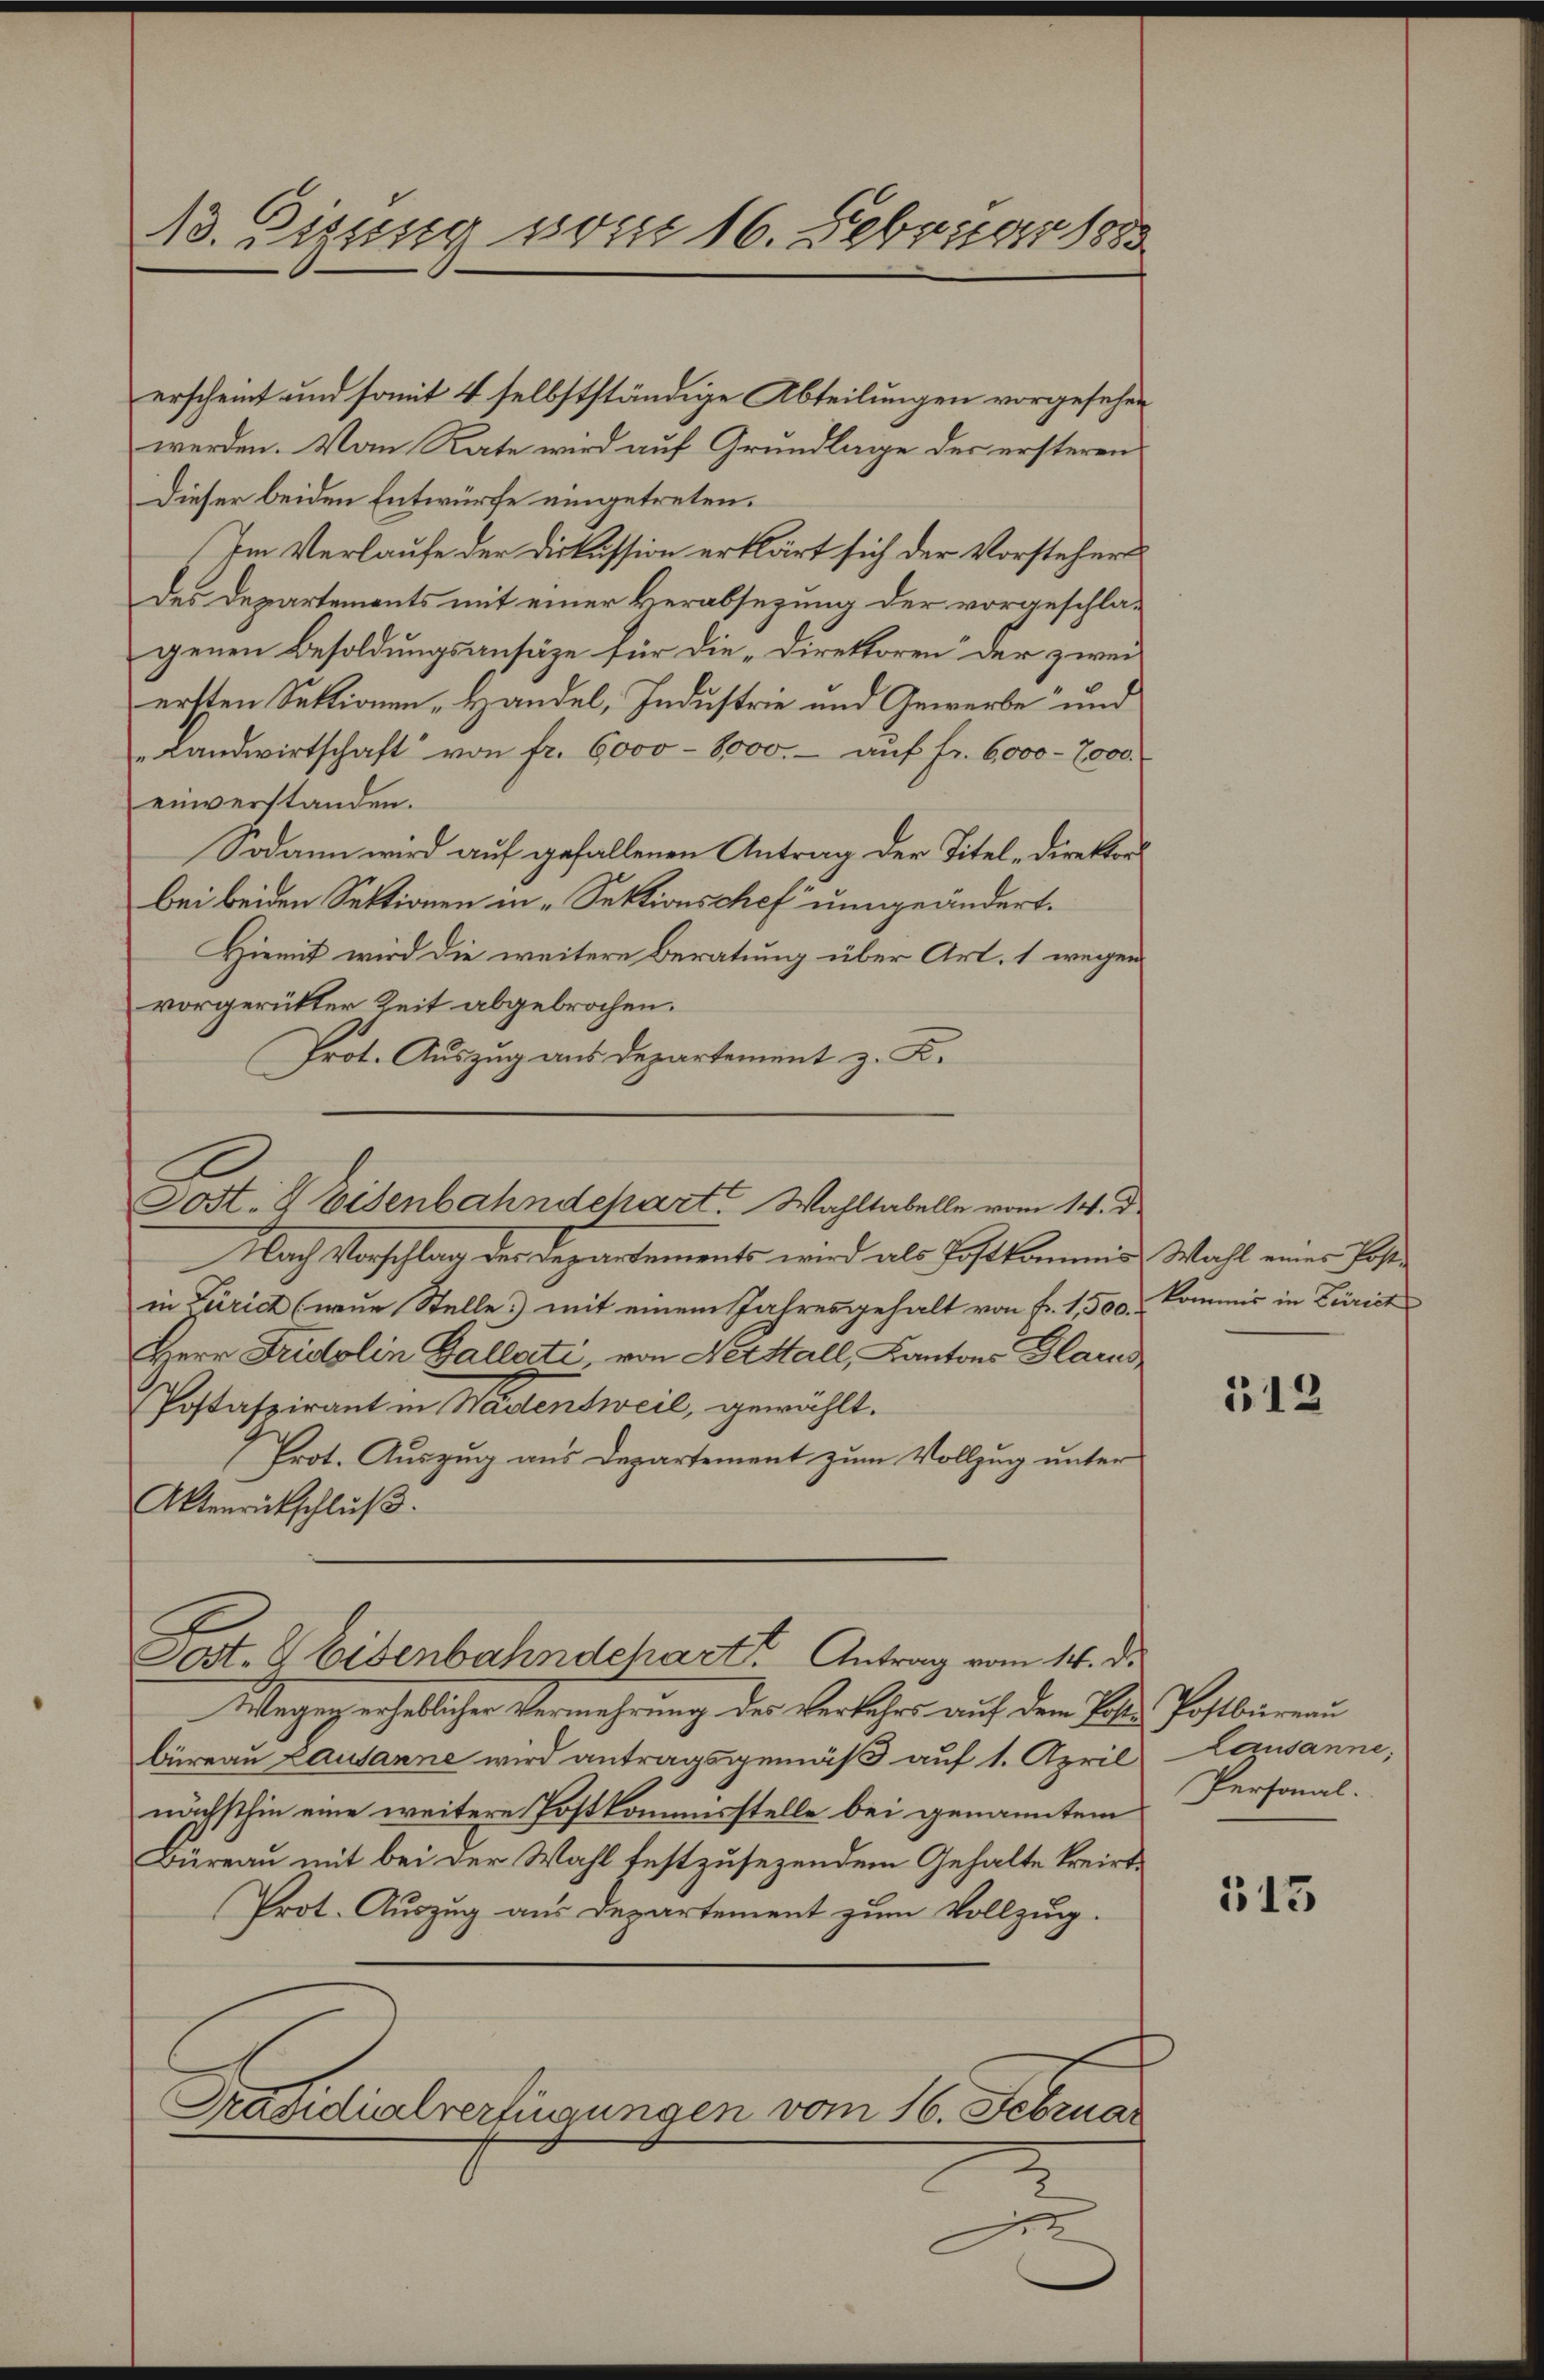
13. Zizung vom 16. Februar 1883

erscheint und somit 4 selbstständige Abteilungen vorgesehen
werden. Von Rate wird auf Grundlage der ersteren
Dieser beiden Entwürfe eingetreten.
(Im Verlaufe der Diskussion erklärt sich der Vorstehers
des Departements mit einer Verabsezung der vorgeschlagenen Besoldungsansätze für die „Direktoren der zwei
ersten Sektionen „Handel, Industrie und Gewerbe und
„Landwirtschaft von fr. 6000 - 8000.- aŭf fr. 6000 - 7000.
einverstanden.
Sodann wird auf gefallenen Antrag der Titel-Direktor
bei beiden Sektionen in „Sektionschef umgeändert.
Hiemit wird die weitere Beratung über Art. 1 wegen
vorgerükter Zeit abgebrochen.
Prot. Auszug aus Departement z. K.
Nach Vorschlag der Departements wird als Postkommis Wahl eines Postin Zürich (nur Stelle mit einem Jahresgehalt von Fr. 1,500. Kommis in Zürich
Herr Fridolin Gallati, von Netttall, Kantons Glarus
Postaspirant in Wadensweil, gewählt.
Prot. Auszug aus Departement zum Vollzug unter
Aktenrückschluß.
Sost- & Eisenbahndchart. Antrag vom 14. d.
Wogeg erheblicher Vermehrung des Verkehrs auf dem Bild Postbar au
büreau Lausanne wird antragsgemäß auf 1. April, Lausanne,
nächsthin eine weitere Postkommisstelle bei genanntem
Büreau mit bei der Wahl festzusezendem Gehalte kreist¬
Prot. Auszug aus Departement zum Vollzug.
Präsidialverfügungen vom 16. Februar
1

Post- & Eisenbahndepart. Wahltabelle vom 14. d.

512

Personal.

515